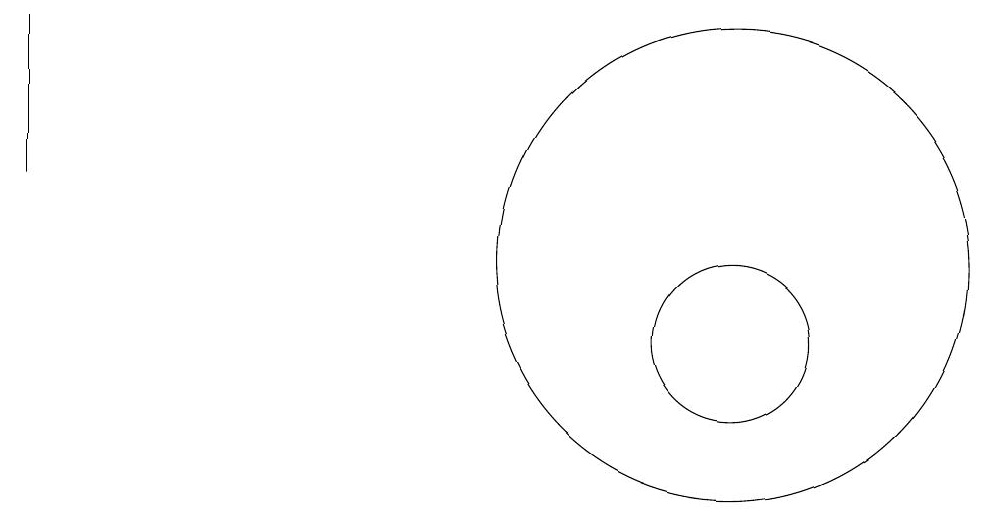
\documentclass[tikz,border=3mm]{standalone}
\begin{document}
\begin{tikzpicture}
\draw (11,12) circle (3);
\draw (11,11) circle (1);
\draw (2,13) rectangle (2,15);
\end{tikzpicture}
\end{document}